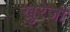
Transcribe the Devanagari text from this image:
खुरेजी